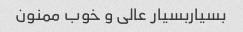
بسیاربسیار عالی و خوب ممنون